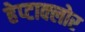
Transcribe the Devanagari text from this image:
हेप्‍टाक्‍लोर